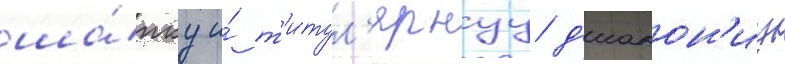
ша́пку и́ т'итул'ярнуу д'иакон'иу